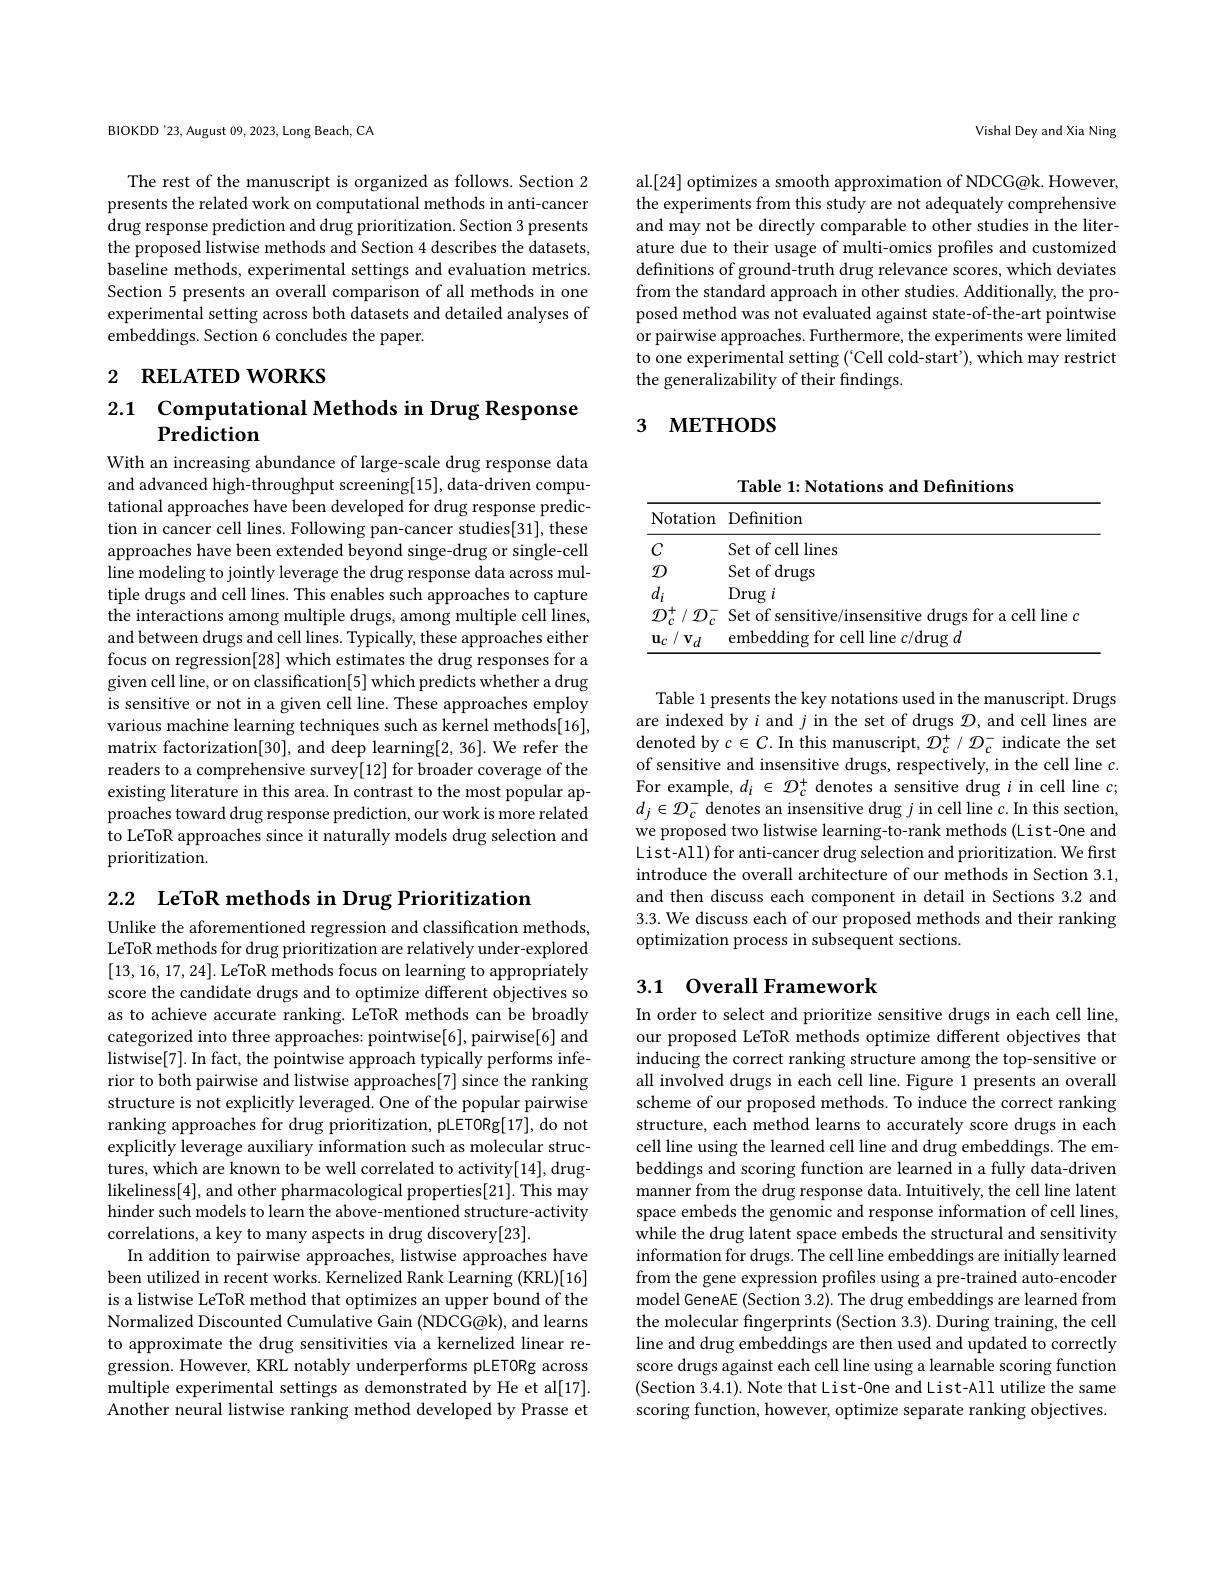
BIOKDD'23, August 09,2023, Long Beach, CA

The rest of the manuscript is organized as follows. Section 2 presents the related work on computational methods in anti-cancer drug response prediction and drug prioritization. Section 3 presents the proposed listwise methods and Section 4 describes the datasets, baseline methods, experimental settings and evaluation metrics. Section 5 presents an overall comparison of all methods in one experimental setting across both datasets and detailed analyses of embeddings. Section 6 concludes the paper.

# 2 RELATED WORKS

2.1 $\textbf{Computational Methods in Drug Response}$
$\mathbf{Prediction}$

With an increasing abundance of large-scale drug response data and advanced high-throughput screening[15], data-driven computational approaches have been developed for drug response prediction in cancer cell lines. Following pan-cancer studies[31], these approaches have been extended beyond singe-drug or single-cell line modeling to jointly leverage the drug response data across multiple drugs and cell lines. This enables such approaches to capture the interactions among multiple drugs, among multiple cell lines, and between drugs and cell lines. Typically, these approaches either focus on regression[28] which estimates the drug responses for a given cell line, or on classification[5] which predicts whether a drug is sensitive or not in a given cell line. These approaches employ various machine learning techniques such as kernel methods[16], matrix factorization[30], and deep learning[2, 36]. We refer the readers to a comprehensive survey[12] for broader coverage of the existing literature in this area. In contrast to the most popular approaches toward drug response prediction, our work is more related to LeToR approaches since it naturally models drug selection and prioritization.

2.2 $\textbf{LeToR methods in Drug Prioritization}$
Unlike the aforementioned regression and classification methods, LeToR methods for drug prioritization are relatively under-explored [13,16,17,24]. LeToR methods focus on learning to appropriately score the candidate drugs and to optimize different objectives so as to achieve accurate ranking. LeToR methods can be broadly categorized into three approaches: pointwise[6], pairwise[6] and listwise[7]. In fact, the pointwise approach typically performs inferior to both pairwise and listwise approaches[7] since the ranking structure is not explicitly leveraged. One of the popular pairwise ranking approaches for drug prioritization, pLETORg[17], do not explicitly leverage auxiliary information such as molecular structures, which are known to be well correlated to activity[14], druglikeliness[4], and other pharmacological properties[21]. This may hinder such models to learn the above-mentioned structure-activity correlations, a key to many aspects in drug discovery[23].
In addition to pairwise approaches, listwise approaches have been utilized in recent works. Kernelized Rank Learning (KRL)[16] is a listwise LeToR method that optimizes an upper bound of the Normalized Discounted Cumulative Gain (NDCG@k), and learns to approximate the drug sensitivities via a kernelized linear regression. However, KRL notably underperforms pLETORg across multiple experimental settings as demonstrated by He et al[17]. Another neural listwise ranking method developed by Prasse et

Vishal Dey and Xia Ning

al.[24] optimizes a smooth approximation of NDCG@k. However, the experiments from this study are not adequately comprehensive and may not be directly comparable to other studies in the literature due to their usage of multi-omics profiles and customized definitions of ground-truth drug relevance scores, which deviates from the standard approach in other studies. Additionally, the proposed method was not evaluated against state-of-the-art pointwise or pairwise approaches. Furthermore, the experiments were limited to one experimental setting ('Cell cold-start'), which may restrict the generalizability of their findings.

# 3 мЕтнорs

Table 1: Notations and Definitions
<table>
	<tbody>
		<tr>
			<th>Notation</th>
			<th>Definition</th>
		</tr>
		<tr>
			<td>$C$</td>
			<td>Set of cell lines</td>
		</tr>
		<tr>
			<td>$\mathcal{D}$</td>
			<td>Set of drugs</td>
		</tr>
		<tr>
			<td>$d_{i}$</td>
			<td>$\operatorname{Drug}i$</td>
		</tr>
		<tr>
			<td>$\mathcal{D}_{c}^{+}/\mathcal{D}_{c}^{-}$</td>
			<td>Set of sensitive/insensitive drugs for a cell line $o$</td>
		</tr>
		<tr>
			<td>$\mathbf{v}_{d}$ $\mathbf{u}_{c}$ 1/</td>
			<td>drulg d</td>
		</tr>
	</tbody>
</table>

Table 1 presents the key notations used in the manuscript. Drugs are indexed by $i$ and $j$ in the set of drugs $\mathcal{D}$, and cell lines are denoted by $c\in C.$ In this manuscript, $\mathcal{D}_c^+/\mathcal{D}_c^-$ indicate the set of sensitive and insensitive drugs, respectively, in the cell line $c.$ For example, $d_i\in{\mathcal D}_c^+$ denotes a sensitive drug $i$ in cell line $c;$ $d_{j}\in\mathcal{D}_{c}^{-}$ denotes an insensitive drug $j$ in cell line $c.$In this section, we proposed two listwise learning-to-rank methods (List-0ne and List-All) for anti-cancer drug selection and prioritization. We first introduce the overall architecture of our methods in Section 3.1, and then discuss each component in detail in Sections 3.2 and 3.3. We discuss each of our proposed methods and their ranking optimization process in subsequent sections.

## 3.1 Overall Framework

In order to select and prioritize sensitive drugs in each cell line, our proposed LeToR methods optimize different objectives that inducing the correct ranking structure among the top-sensitive or all involved drugs in each cell line. Figure 1 presents an overall scheme of our proposed methods. To induce the correct ranking structure, each method learns to accurately score drugs in each cell line using the learned cell line and drug embeddings. The embeddings and scoring function are learned in a fully data-driven manner from the drug response data. Intuitively, the cell line latent space embeds the genomic and response information of cell lines, while the drug latent space embeds the structural and sensitivity information for drugs. The cell line embeddings are initially learned from the gene expression profiles using a pre-trained auto-encoder model GeneAE (Section 3.2). The drug embeddings are learned from the molecular fingerprints (Section 3.3). During training, the cell line and drug embeddings are then used and updated to correctly score drugs against each cell line using a learnable scoring function (Section 3.4.1). Note that List-0ne and List-All utilize the same scoring function, however, optimize separate ranking objectives.